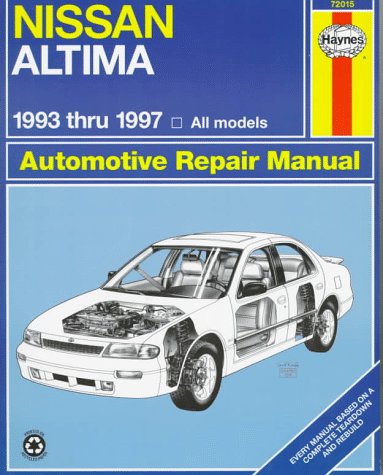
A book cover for Nissan Altima Automotive Repair Manual: Models Covered : All Nissan Altima Models 1993 Through 1997 (Haynes Automotive Repair Manual Series); Jeff Kibler; Engineering & Transportation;